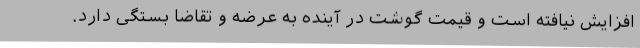
افزایش نیافته است و قیمت گوشت در آینده به عرضه و تقاضا بستگی دارد.